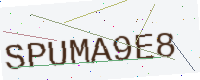
Text: SPUMA9E8